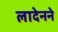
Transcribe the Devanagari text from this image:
लादेनने